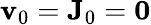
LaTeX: \mathbf{v}_{0}=\mathbf{J}_{0}=\mathbf{0}